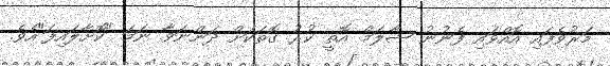
މަރުވެފައި އޮއްވައި ފެނުނު ޝާލަމް އޮތީ ކުރު ގޮތަކަށް ދަންނަވާ ނަމަ "ކޮށާލައިފަ"އެވެ.